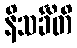
နိသင်္ခိတိ